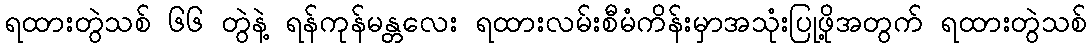
ရထားတွဲသစ် ၆၆ တွဲနဲ့ ရန်ကုန်မန္တလေး ရထားလမ်းစီမံကိန်းမှာအသုံးပြုဖို့အတွက် ရထားတွဲသစ်